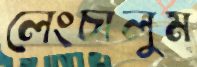
লেংচালুম